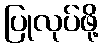
ပြုလုပ်ဖို့